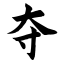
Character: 夺